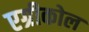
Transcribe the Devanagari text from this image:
एग्रीकोल